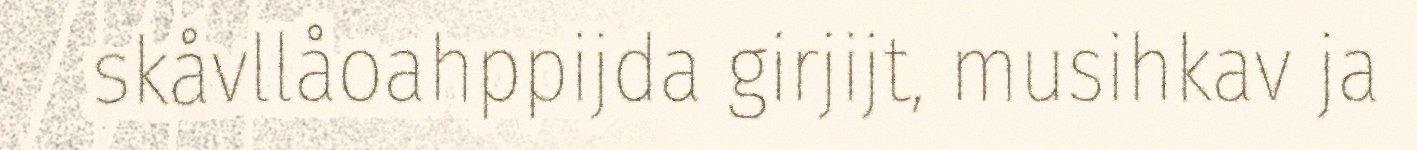
skåvllåoahppijda girjijt, musihkav ja